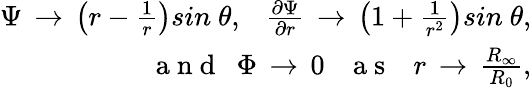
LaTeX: \begin{array}{r}{\Psi\, \to\, \left(r-\frac{1}{r}\right)sin\ \theta,\ \ \ \frac{\partial\Psi}{\partial r}\, \to\, \left(1+\frac{1}{r^{2}}\right)sin\ \theta,}\\ {\mathrm{~a~n~d~}\ \ \Phi\, \to\, 0\ \ \ \mathrm{~a~s~}\ \ \ r\, \to\, \frac{R_{\infty}}{R_{0}},}\end{array}